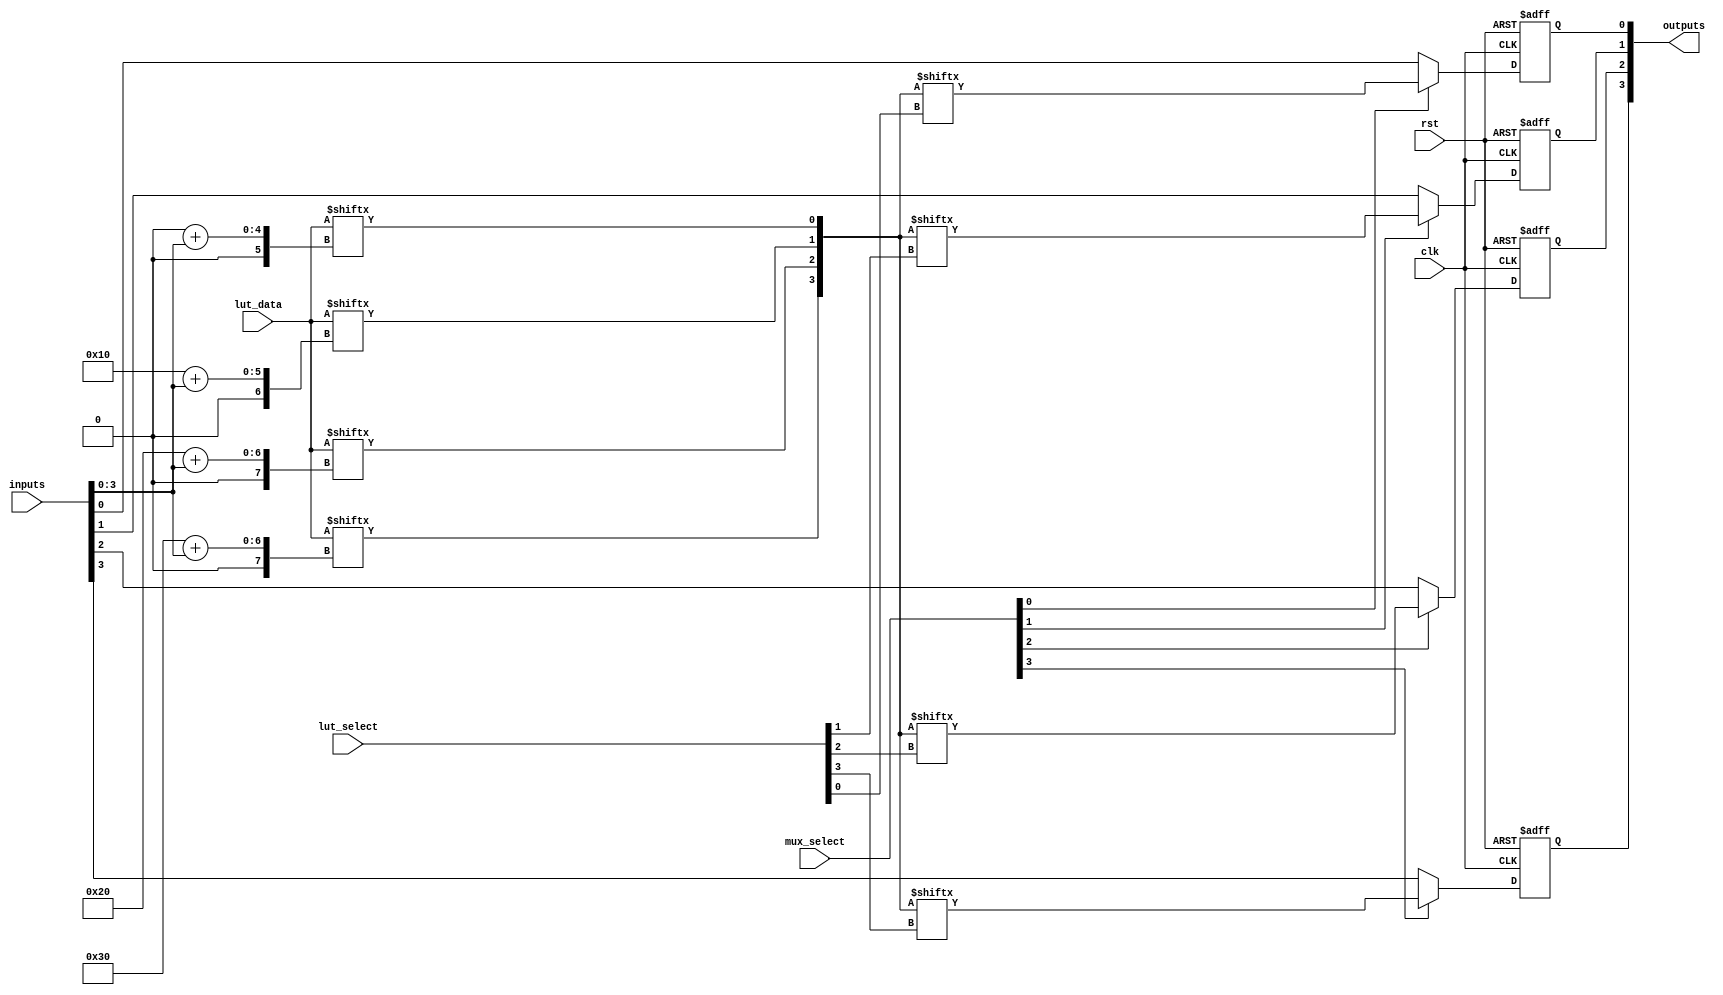
module ConfigurableLogicBlock #(
    parameter NUM_LUTS = 4,
    parameter LUT_SIZE = 16, // 4-input LUT can have 16 (2^4) combinations
    parameter NUM_INPUTS = 8,
    parameter NUM_OUTPUTS = 4
)(
    input wire [NUM_INPUTS-1:0] inputs,         // Input signals
    input wire [NUM_OUTPUTS-1:0] lut_select,    // Select which LUT outputs to use
    input wire [NUM_INPUTS-1:0] mux_select,      // Select inputs for multiplexers
    input wire [NUM_LUTS*LUT_SIZE-1:0] lut_data, // LUT configuration data
    input wire clk,                              // Clock signal for registers
    input wire rst,                              // Reset signal
    output reg [NUM_OUTPUTS-1:0] outputs        // Output signals
);

    // Intermediate storage for LUT outputs
    wire [NUM_LUTS-1:0] lut_outputs;
    wire [NUM_LUTS-1:0] mux_outputs;

    // Generate LUTs
    genvar i;
    generate
        for (i = 0; i < NUM_LUTS; i = i + 1) begin : lut_gen
            wire [3:0] lut_input = inputs[3:0]; // Assuming 4 inputs for each LUT
            wire [3:0] lut_addr = lut_input; // Address into LUT based on inputs
            assign lut_outputs[i] = lut_data[(i * LUT_SIZE) + lut_addr];
        end
    endgenerate

    // MUX logic to select LUT outputs or inputs
    genvar j;
    generate
        for (j = 0; j < NUM_OUTPUTS; j = j + 1) begin : mux_gen
            assign mux_outputs[j] = (mux_select[j]) ? lut_outputs[lut_select[j]] : inputs[j];
            always @(posedge clk or posedge rst) begin
                if (rst)
                    outputs[j] <= 0; // Reset output
                else
                    outputs[j] <= mux_outputs[j]; // Capture output
            end
        end
    endgenerate

endmodule